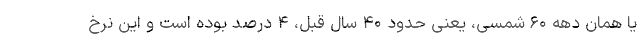
یا همان دهه ۶۰ شمسی، یعنی حدود ۴۰ سال قبل، ۴ درصد بوده است و این نرخ